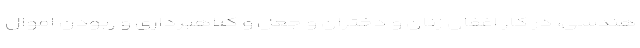
هندسی، در کار اغفال زنان و دختران و جعل و کلاهبرداری و ربودن اموال